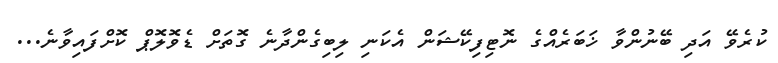
ކުރެވޭ އަދި ބޭނުންވާ ޚަބަރެއްގެ ނޮޓިފިކޭޝަން އެކަނި ލިބިގެންދާނެ ގޮތަށް ޑެވޮލޮޕް ކޮށްފައިވާނެ...